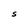
Character: S